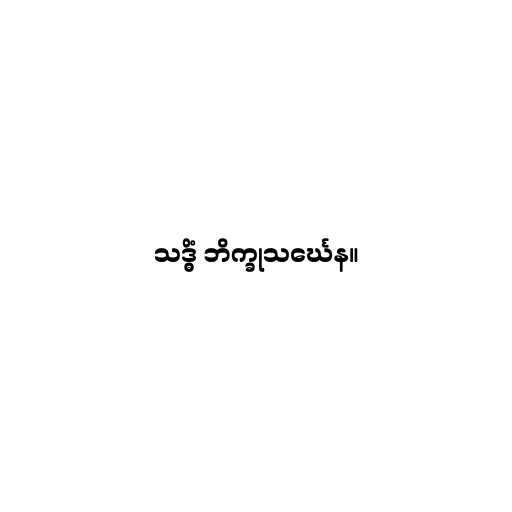
သဒ္ဓိံ ဘိက္ခုသင်္ဃေန။